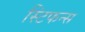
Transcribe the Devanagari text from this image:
स्टिफन्स